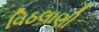
વિઠલાણી